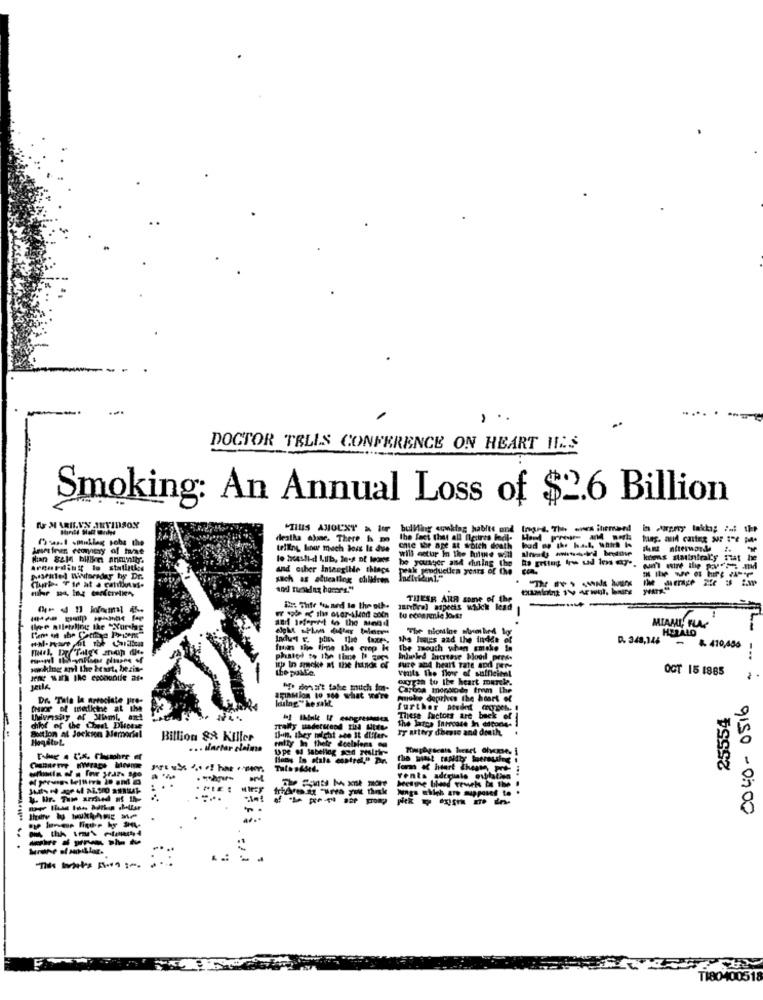
DOCTOR TELLS CONFERENCE ON HEART HIS
Smoking: An Annual Loss of $2.6 Billion
"TIUS AMOUNT & ler bulling cowitag habits and Inged. The wes ihrmand in aprey takhi; :..: the
TIUS AMOUNT
Psal mullag poba the
deaths ajvar, There & m
tring hinw mach bois Is due
chie the age at woich death kod mp the hal, wiatr is
will setur in the fuite will
koos statinirally sat he
arcording to stulinks
and other Intacgilde things
peak reductiea years of the cen.
-------
pascalel Witorsdag by Dr.
such as alueallog chilifren
THESR ARR some of the
is The Named to the oth.
JuriDral specs which lead
-
--
-----
and interest to the Mend
to ccoarmie Joes!
The nicnine auembed los
the hutps and the incke
D. 348,146
from the fine the crop ke
the mouth when smoke In
- 8. 410,486
-..
wwwking and the Heart, bezin-
itp In arcke at the hunde of
sure and heart tate and men-
vhils the flow of sufficient
OCT 15 1885
aorta to the heart marck.
-
Carbon mopscode from the
Dr. "Title le arrociate jire-
IFInMion to 360 what we're
make depthen the heart of
0040- 0516
Her of medicine at the
further atednt (xpoch.
25554
Uwunshy of Mimi, ant
chilof of the Chest Dirense
These factors are back
The laica Increase In cotones
----
Tr uttvy diese and death. .
Boutlon al Jockson Memorial
Billion && Killer
fifty In thete deelniens og
In, they might ato it differ-
... tartar claims
Upe of Sabellog son realnie-
...
Metthe blood trucks be the
vents adegliale oulatien
------
- ----
.
TI80400518